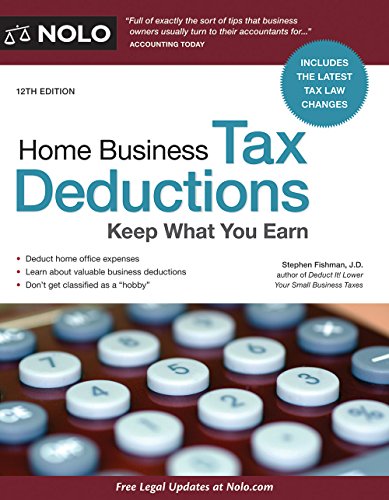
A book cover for Home Business Tax Deductions: Keep What You Earn; Stephen Fishman JD; Business & Money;